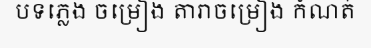
បទភ្លេង ចម្រៀង តារាចម្រៀង កំណត់